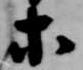
等